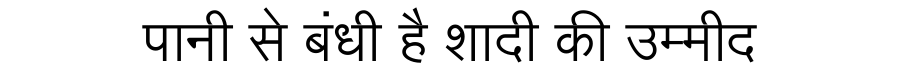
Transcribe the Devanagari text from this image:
पानी से बंधी है शादी की उम्मीद